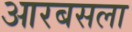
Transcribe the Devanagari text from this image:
आरबसला